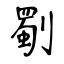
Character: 劅